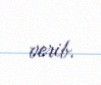
verib.